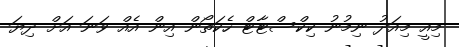
މިއީ މިއަދު ނިމުނު ކިކްސްޓާޓް ހެކަތޯން އިން އެއް ވަނަ އަށް ދިޔަ